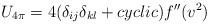
LaTeX: \begin{align*}U_{4\pi} = 4(\delta_{ij} \delta_{kl}+ cyclic) f^{\prime\prime}(v^2)\end{align*}